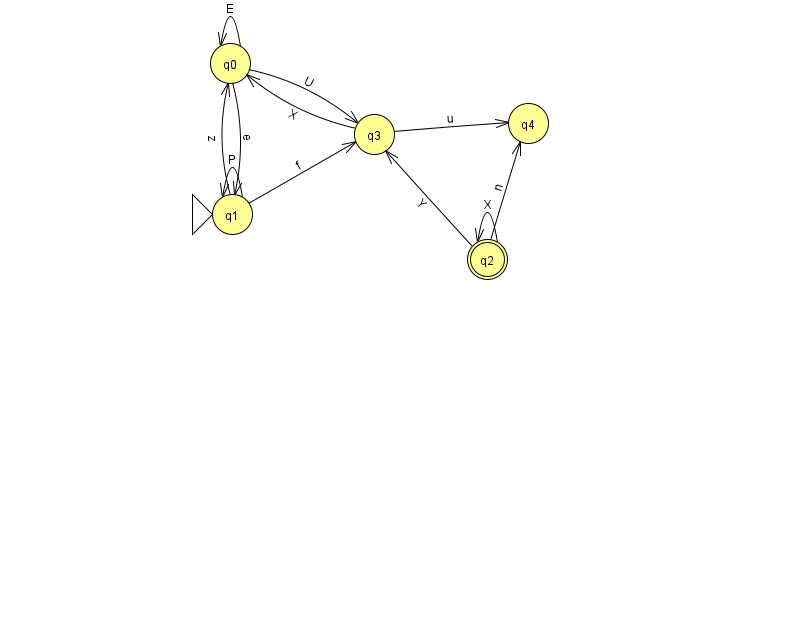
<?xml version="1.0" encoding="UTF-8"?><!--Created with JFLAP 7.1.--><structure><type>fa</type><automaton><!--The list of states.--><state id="0" name="q0"><x>230.0</x><y>50.0</y></state><state id="1" name="q1"><x>232.0</x><y>201.0</y><initial/></state><state id="2" name="q2"><x>487.0</x><y>246.0</y><final/></state><state id="3" name="q3"><x>374.0</x><y>121.0</y></state><state id="4" name="q4"><x>528.0</x><y>110.0</y></state><!--The list of transitions.--><transition><from>1</from><to>1</to><read>P</read></transition><transition><from>3</from><to>4</to><read>u</read></transition><transition><from>0</from><to>0</to><read>E</read></transition><transition><from>0</from><to>1</to><read>e</read></transition><transition><from>0</from><to>3</to><read>U</read></transition><transition><from>1</from><to>3</to><read>f</read></transition><transition><from>2</from><to>2</to><read>X</read></transition><transition><from>3</from><to>0</to><read>X</read></transition><transition><from>2</from><to>3</to><read>Y</read></transition><transition><from>2</from><to>4</to><read>n</read></transition><transition><from>1</from><to>0</to><read>z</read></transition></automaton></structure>